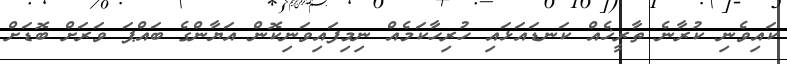
ކައިވެނި ކުރާނެ ތާރީޚެއް ކަނޑައަޅައި ހުރިހާކަމެއް ނިމިފައިވަނިކޮން އަޔާންގެ ބައްޕަ ވަރަށް ބޮޑަށް